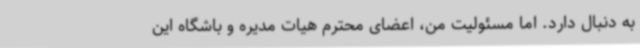
به دنبال دارد. اما مسئولیت من، اعضای محترم هیات مدیره و باشگاه این